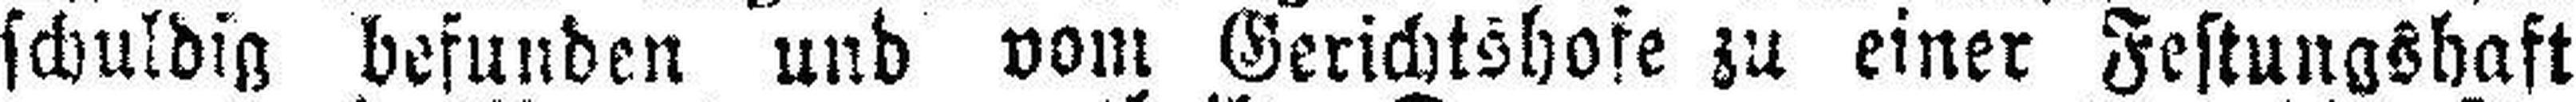
schuldig befunden und vom Gerichtshofe zu einer Festungshaft